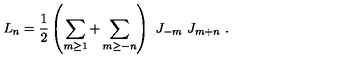
L _ { n } = { \frac { 1 } { 2 } } \left( \sum _ { m \geq 1 } + \sum _ { m \geq - n } \right) \ J _ { - m } \ J _ { m + n } \ .